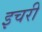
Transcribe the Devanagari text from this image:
इचरी